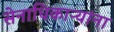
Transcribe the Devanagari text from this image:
सेनाधिकाऱ्यांना